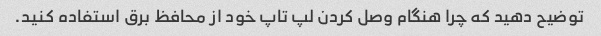
توضیح دهید که چرا هنگام وصل کردن لپ تاپ خود از محافظ برق استفاده کنید.